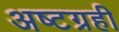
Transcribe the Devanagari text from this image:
अष्टग्रही